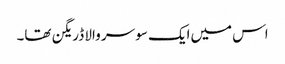
اس میں‌ایک سو سر والا ڈریگن تھا۔